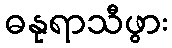
ဓနုရာသီဖွား